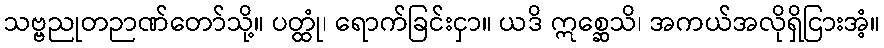
သဗ္ဗညုတဉာဏ်တော်သို့။ ပတ္ထုံ၊ ရောက်ခြင်းငှာ။ ယဒိ ဣစ္ဆေသိ၊ အကယ်အလိုရှိငြားအံ့။